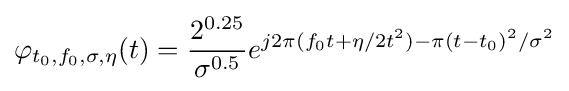
\varphi _{t_{0},f_{0},\sigma ,\eta }(t)={\frac {2^{0.25}}{\sigma ^{0.5}}}e^{j2\pi (f_{0}t+\eta /2t^{2})-\pi (t-t_{0})^{2}/\sigma ^{2}}